Leaving Certificate Examination (including Day School Certificate (Higher) General paper), 1939
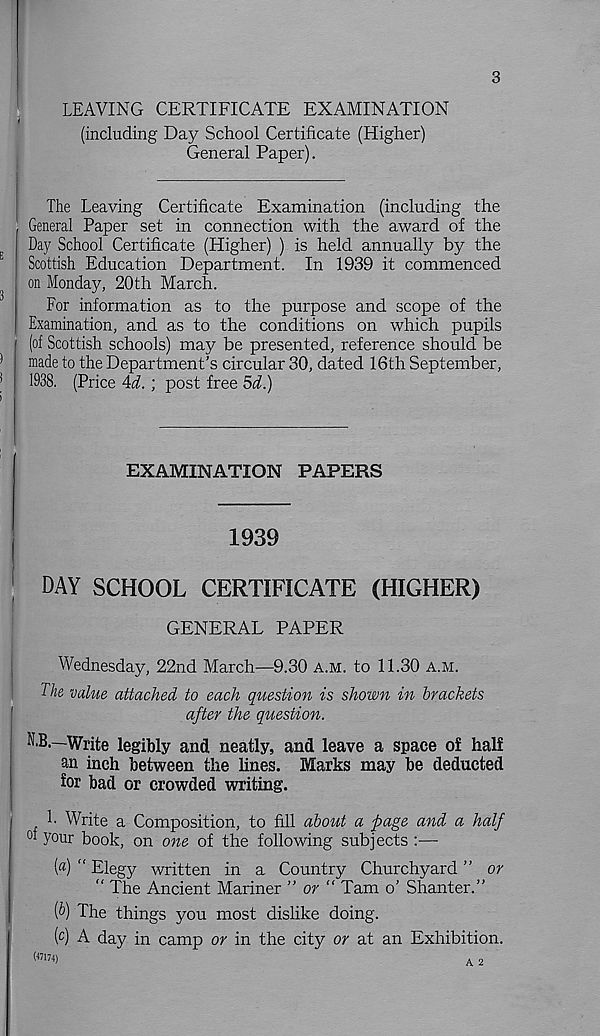
3
LEAVING CERTIFICATE EXAMINATION
(including Day School Certificate (Higher)
General Paper).
The Leaving Certificate Examination (including the
General Paper set in connection with the award of the
Day School Certificate (Higher) ) is held annually by the
Scottish Education Department. In 1939 it commenced
on Monday, 20th March.
For information as to the purpose and scope of the
Examination, and as to the conditions on which pupils
(of Scottish schools) may be presented, reference should be
made to the Department’s circular 30, dated 16th September,
1938. (Price Ad.; post free 5d.)
EXAMINATION PAPERS
1939
DAY SCHOOL CERTIFICATE (HIGHER)
GENERAL PAPER
Wednesday, 22nd March—9.30 A.M. to 11.30 A.M.
The value attached to each question is shown in brackets
after the question.
N.B.—Write legibly and, neatly, and leave a space o£ half
an inch between the lines. Marks may be deducted
for bad or crowded writing.
F Write a Composition, to fill about a page and a half
°i your book, on one of the following subjects :—
(«) “ Elegy written in a Country Churchyard ” or
“ The Ancient Mariner ” or “ Tam o’ Shanter.”
(&) The things you most dislike doing.
(c) A day in camp or in the city or at an Exhibition.
(«174)
. 2